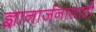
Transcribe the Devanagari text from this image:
ज्ञानार्जनासाठी